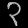
Digit: ၃